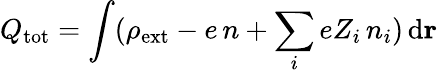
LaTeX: Q_{\mathrm{tot}}=\int(\rho_{\mathrm{ext}}-e\, n+\sum_{i}eZ_{i}\, n_{i})\, \mathrm{d}\mathbf{r}